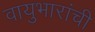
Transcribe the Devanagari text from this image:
वायुभारांची